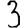
Digit: 3